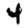
Digit: 4